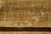
يحجب